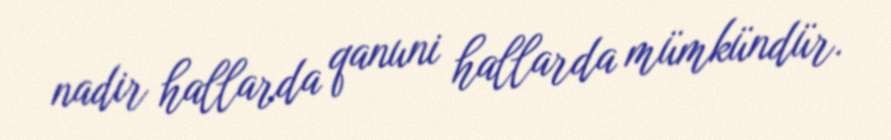
nadir hallarda qanuni hallarda mümkündür.